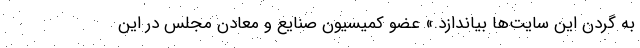
به گردن این سایت‌ها بیاندازد.» عضو کمیسیون صنایع و معادن مجلس در این